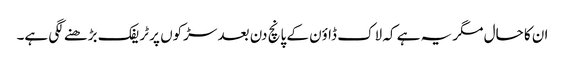
ان کا حال مگر یہ ہے کہ لاک ڈاؤن کے پانچ دن بعد سڑکوں پر ٹریفک بڑھنے لگی ہے۔